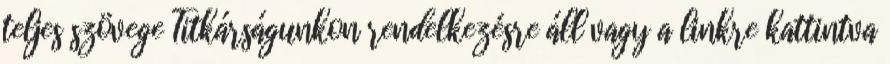
teljes szövege Titkárságunkon rendelkezésre áll vagy a linkre kattintva